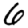
Digit: 6